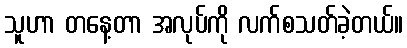
သူဟာ တနေ့တာ အလုပ်ကို လက်စသတ်ခဲ့တယ်။